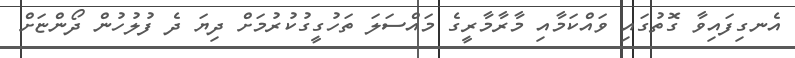
އެނގިފައިވާ ގޮތުގައި ވައްކަމާއި މާރާމާރީގެ މައްސަލަ ތަހުގީގުކުރުމަށް ދިޔަ ދެ ފުލުހުން ދޯންޏަށް